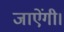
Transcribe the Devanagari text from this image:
जाऐंगी।